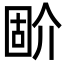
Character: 𡈅